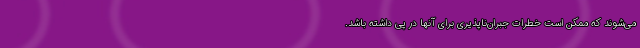
می‌شوند که ممکن است خطرات جبران‌ناپذیری برای آنها در پی داشته باشد.